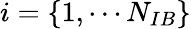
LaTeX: i=\{ 1,\cdots N_{IB}\}